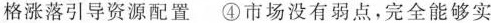
格涨落引导资源配置 ④市场没有弱点，完全能够实